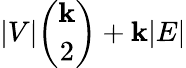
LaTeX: |V|\binom{\mathbf{k}}{2}+\mathbf{k}|E|